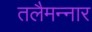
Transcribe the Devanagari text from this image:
तलैमन्‍नार